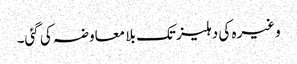
وغیرہ کی دہلیز تک بلا معاوضہ کی گئی۔